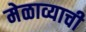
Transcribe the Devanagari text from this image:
मेळाव्याची